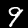
Digit: 9